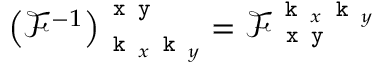
\left( \mathcal { F } ^ { - 1 } \right) _ { \texttt { k } _ { x } \texttt { k } _ { y } } ^ { \texttt { x y } } = \mathcal { F } _ { \, \texttt { x y } } ^ { \texttt { k } _ { x } \texttt { k } _ { y } }